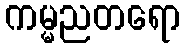
ကမ္မညတရော